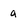
Character: a